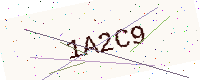
Text: 1A2C9